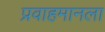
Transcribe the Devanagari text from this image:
प्रवाहमानला